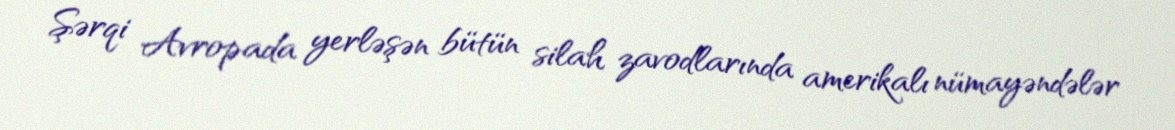
Şərqi Avropada yerləşən bütün silah zavodlarında amerikalı nümayəndələr